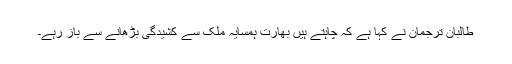
طالبان ترجمان نے کہا ہے کہ چاہتے ہیں بھارت ہمسایہ ملک سے کشیدگی بڑھانے سے باز رہے۔